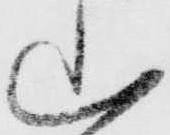
山